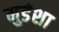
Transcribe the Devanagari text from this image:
मुडंशा